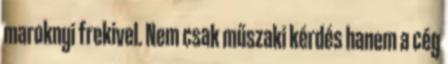
maroknyi frekivel. Nem csak műszaki kérdés hanem a cég